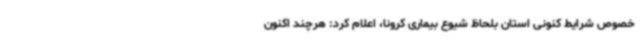
خصوص شرایط کنونی استان بلحاظ شیوع بیماری کرونا، اعلام کرد: هرچند اکنون